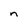
Character: n